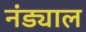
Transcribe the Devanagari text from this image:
नंड्याल